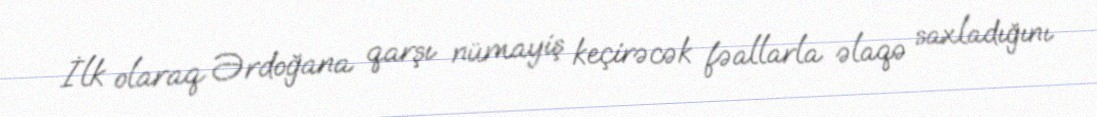
İlk olaraq Ərdoğana qarşı nümayiş keçirəcək fəallarla əlaqə saxladığını